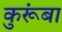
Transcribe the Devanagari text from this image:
कुरूंबा